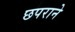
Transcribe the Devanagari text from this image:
छपराने